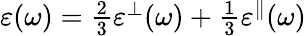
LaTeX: \begin{array}{r}{\varepsilon(\omega)=\frac{2}{3}\varepsilon^{\bot}(\omega)+\frac{1}{3}\varepsilon^{\parallel}(\omega)}\end{array}